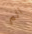
الم